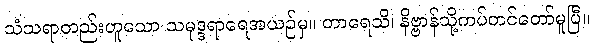
သံသရာတည်းဟူသော သမုဒ္ဒရာရေအယဉ်မှ။ တာရေသိ၊ နိဗ္ဗာန်သို့ကပ်တင်တော်မူပြီ။